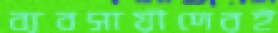
ব্যবসায়ীদেরই